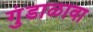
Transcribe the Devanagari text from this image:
गुंडाळावा